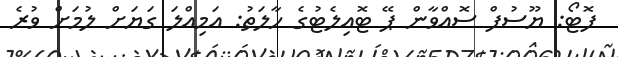
ފޮޓޯ: ޔޫސުފް ސޮއްވާން ޕޭ ޓޮއިލެޓުގެ ހާލަތު: އަމިއްލަ ގަޔަށް ލުމަށް ވުރެ